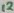
Text: 12